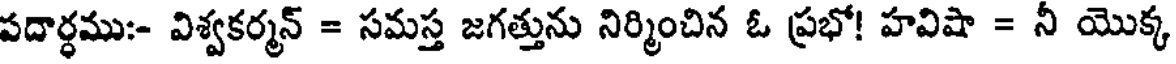
పదార్ధము:- విశ్వకర్మన్ = సమస్త జగత్తును నిర్మించిన ఓ ప్రభో! హవిషా = నీ యొక్క